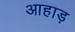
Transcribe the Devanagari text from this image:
आहाड़